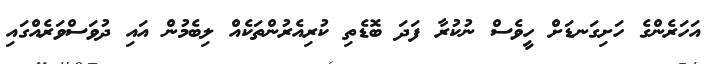
އަހަރެންގެ ހަށިގަނޑަށް ހީވެސް ނުކުރާ ފަދަ ބޮޑެތި ކުރިއެރުންތަކެއް ލިބެމުން އައި ދުވަސްވަރެއްގައި